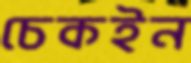
চেকইন